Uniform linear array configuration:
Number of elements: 4
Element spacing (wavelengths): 0.25
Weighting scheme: cosine
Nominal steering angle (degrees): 15
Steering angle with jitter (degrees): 16.291
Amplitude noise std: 0.05
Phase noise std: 0.05

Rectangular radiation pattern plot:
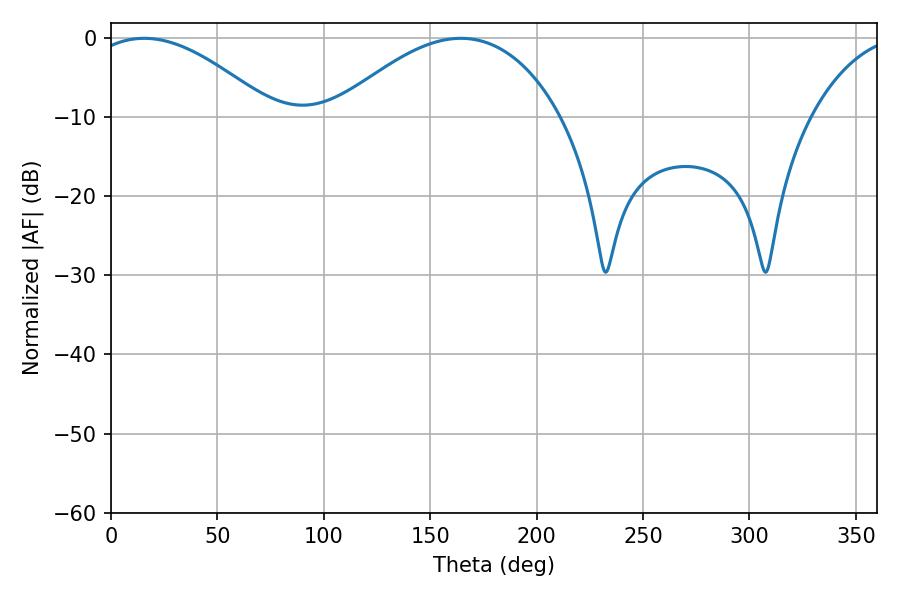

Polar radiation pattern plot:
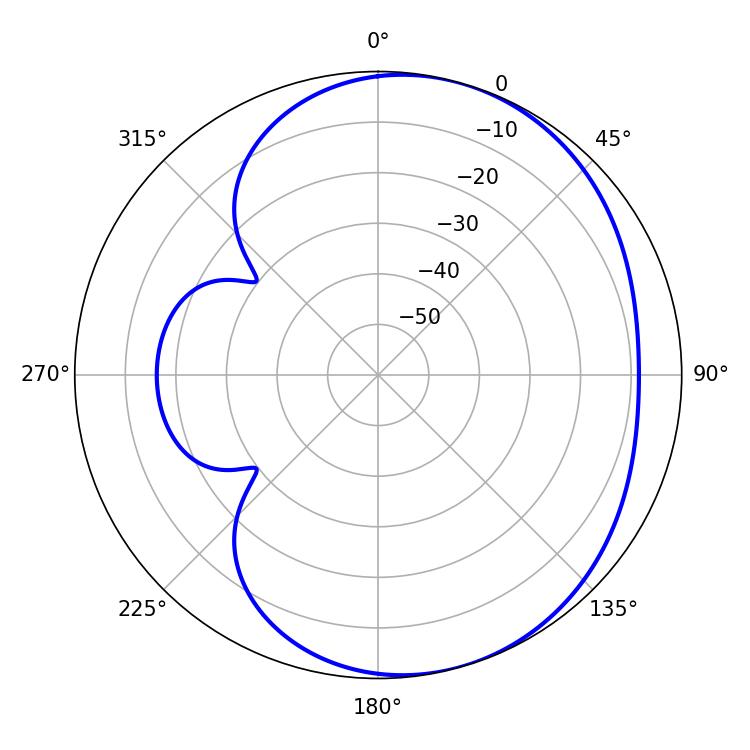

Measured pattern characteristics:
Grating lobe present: FALSE
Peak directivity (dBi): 4.426
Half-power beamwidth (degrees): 47.52
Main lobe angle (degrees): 15.66